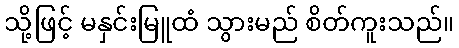
သို့ဖြင့် မနှင်းမြူထံ သွားမည် စိတ်ကူးသည်။